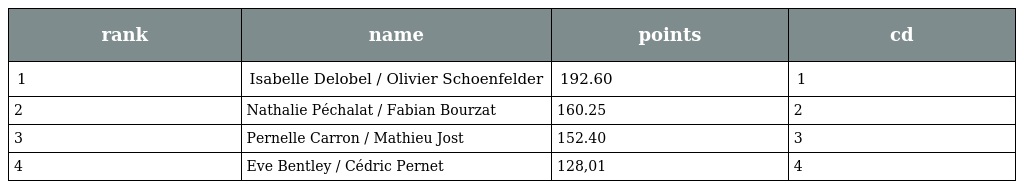
| rank | name | points | cd |
 | --- | --- | --- | --- |
 | 1 | Isabelle Delobel / Olivier Schoenfelder | 192.60 | 1 |
 | 2 | Nathalie Péchalat / Fabian Bourzat | 160.25 | 2 |
 | 3 | Pernelle Carron / Mathieu Jost | 152.40 | 3 |
 | 4 | Eve Bentley / Cédric Pernet | 128,01 | 4 |